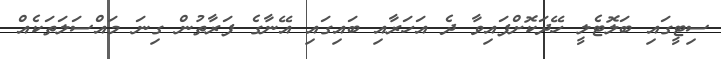
ސިޓީގައި ބަލޮޓެލީ ހޭދަކޮށްފައިވާ ދެ އަހަރާއި ބައިގައި އޭނާގެ ފަރާތުން ގިނަ މައްސަލަތަކެއް